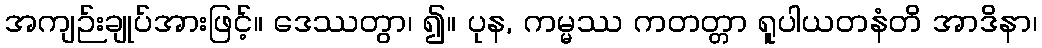
အကျဉ်းချုပ်အားဖြင့်။ ဒေဿတွာ၊ ၍။ ပုန, ကမ္မဿ ကတတ္တာ ရူပါယတနံတိ အာဒိနာ၊